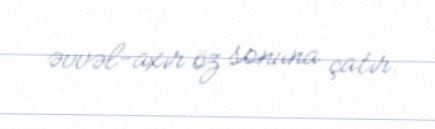
əvvəl-axır öz sonuna çatır.